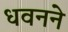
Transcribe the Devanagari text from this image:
धवनने